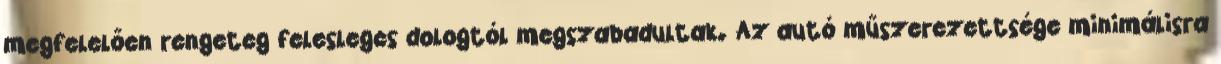
megfelelően rengeteg felesleges dologtól megszabadultak. Az autó műszerezettsége minimálisra